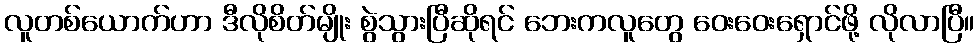
လူတစ်ယောက်ဟာ ဒီလိုစိတ်မျိုး စွဲသွားပြီဆိုရင် ဘေးကလူတွေ ဝေးဝေးရှောင်ဖို့ လိုလာပြီ။